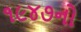
૧૯૪૭નો